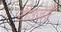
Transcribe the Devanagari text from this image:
टीउजड़े